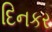
દિનકર